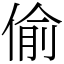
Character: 偷